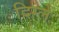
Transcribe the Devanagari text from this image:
दिग्ले